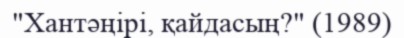
"Хантәңірі, қайдасың?" (1989)